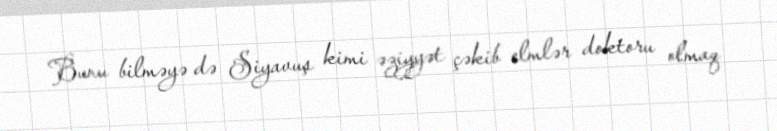
Bunu bilməyə də Siyavuş kimi əziyyət çəkib elmlər doktoru olmaq